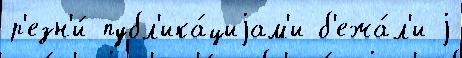
р'езн'и́ публ'ика́циjам'и б'ежа́л'и j